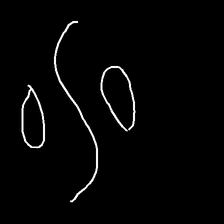
Glyph: water